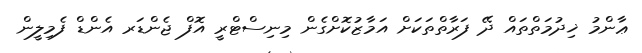
ޢާންމު ޚިދުމަތްތައް ދޭ ފަރާތްތަކަށް އަމާޒުކޮށްގެން މިނިސްޓްރީ އޮފް ޖެންޑަރ އެންޑް ފެމިލީން